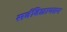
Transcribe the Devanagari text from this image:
सर्वविद्यायतन